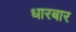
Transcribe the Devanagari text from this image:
धारबार